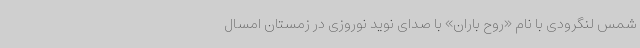
شمس لنگرودی با نام «روح باران» با صدای نوید نوروزی در زمستان امسال